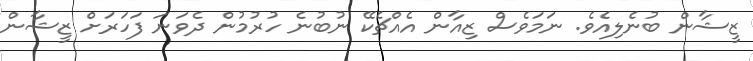
ޒީޝާން ބުނެލިއެވެ. ނަމަވެސް ޒިއާން އެއްޗެކޭ ނުބުނެ ހުރުމުން ދެވަނަ ފަހަރަށް ޒީޝާން